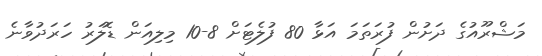
މަޝްރޫއުގެ ދަށުން ފުރަތަމަ އަޅާ 80 ފުލެޓަށް 8-10 މިލިއަން ޑޮލަރު ހަރަދުވާނެ